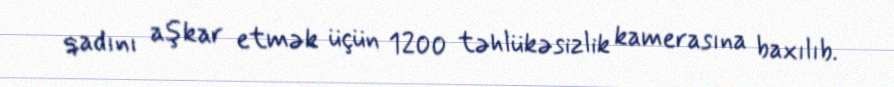
qadını aşkar etmək üçün 1200 təhlükəsizlik kamerasına baxılıb.